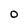
Character: O